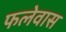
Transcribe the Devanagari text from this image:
फलेवास